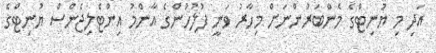
އަދި މި ޔުނިޓްގެ މެންބަރުންނަށް މިހާރު ވަނީ ފުލުހުންގެ އާންމު އިންޓެލިޖެންސް ޔުނިޓްގެ